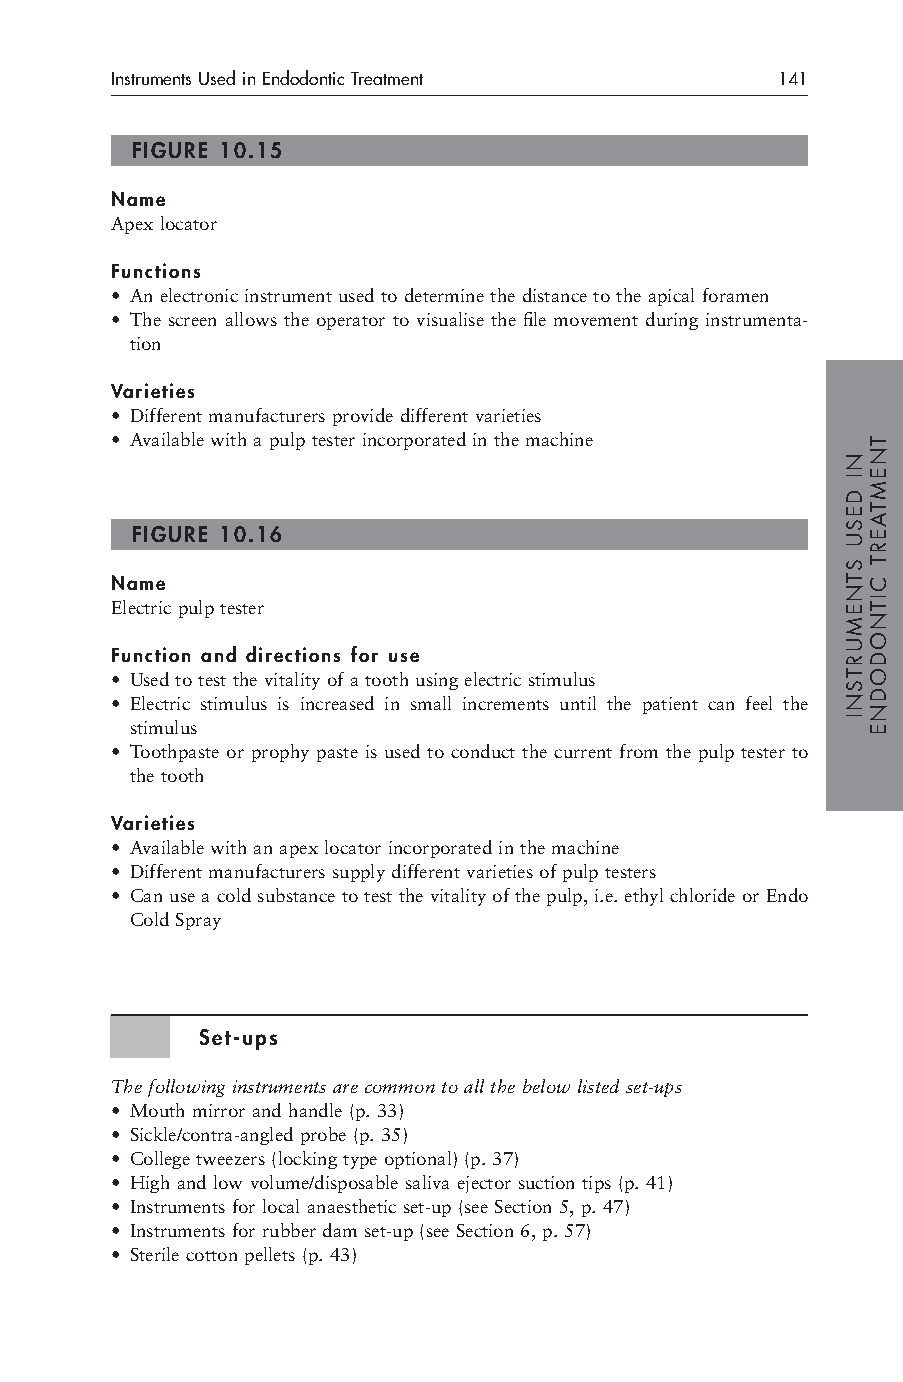
Instruments Used in Endodontic Treatment    141
 FIGURE 10.15
 Name
 Apex locator
 Functions
 • An electronic instrument used to determine the distance to the apical foramen
 • The screen allows the operator to visualise the file movement during instrumenta-
 tion
 Varieties
 • Different manufacturers provide different varieties
 • Available with a pulp tester incorporated in the machine
 FIGURE 10.16
 Name
 Electric pulp tester
 Function and directions for use
 • Used to test the vitality of a tooth using electric stimulus
 • Electric stimulus is increased in small increments until the patient can feel the
 stimulus
 • Toothpaste or prophy paste is used to conduct the current from the pulp tester to
 the tooth
 Varieties
 • Available with an apex locator incorporated in the machine
 • Different manufacturers supply different varieties of pulp testers
 • Can use a cold substance to test the vitality of the pulp, i.e. ethyl chloride or Endo
 Cold Spray
 Set-ups
 The following instruments are common to all the below listed set-ups
 • Mouth mirror and handle (p. 33)
 • Sickle/contra-angled probe (p. 35)
 • College tweezers (locking type optional) (p. 37)
 • High and low volume/disposable saliva ejector suction tips (p. 41)
 • Instruments for local anaesthetic set-up (see Section 5, p. 47)
 • Instruments for rubber dam set-up (see Section 6, p. 57)
 • Sterile cotton pellets (p. 43)
 NI
 DESU
 STNEMURTSNI
 TNEMTAERT
 CITNODODNE